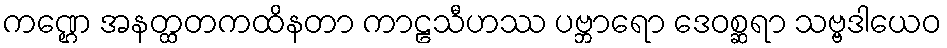
ကဏ္ဌေ အနတ္ထတကထိနတာ ကာဠသီဟဿ ပဗ္ဘာရော ဒေဝစ္ဆရာ သဗ္ဗဒါယေဝ